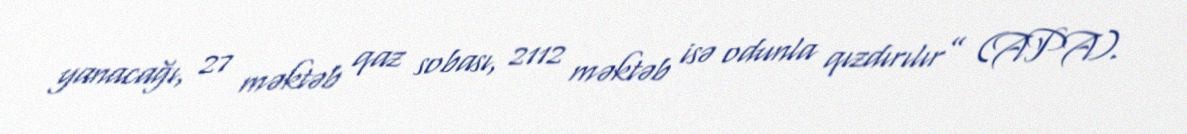
yanacağı, 27 məktəb qaz sobası, 2112 məktəb isə odunla qızdırılır” (APA).